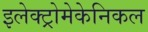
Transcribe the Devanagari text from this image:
इलेक्ट्रोमेकेनिकल